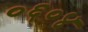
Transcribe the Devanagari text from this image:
०६०४